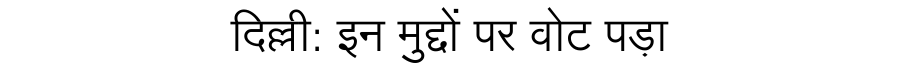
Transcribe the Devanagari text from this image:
दिल्ली: इन मुद्दों पर वोट पड़ा